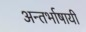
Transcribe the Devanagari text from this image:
अन्तर्भाषायी